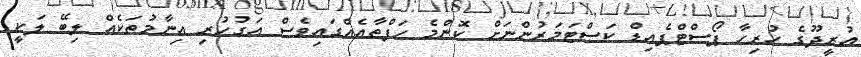
އުރީދޫގެ ހުރިހާ ޕޯސްޓްޕެއިޑް ކަސްޓަމަރުންނަށް ކޮންމެ ހަފްތާއެއްގައިވެސް އަގުހުރި އިނާމުތަކެއް ލިބޭ ލަކީ